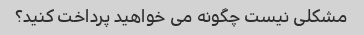
مشکلی نیست چگونه می خواهید پرداخت کنید؟